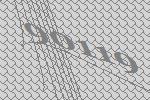
90119